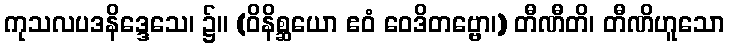
ကုသလပဒနိဒ္ဒေသေ၊ ၌။ (ဝိနိစ္ဆယော ဧဝံ ဝေဒိတဗ္ဗော၊) တီဏီတိ၊ တီဏိဟူသော